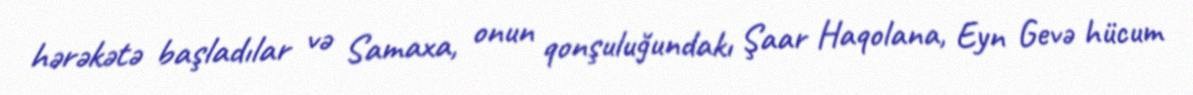
hərəkətə başladılar və Samaxa, onun qonşuluğundakı Şaar Haqolana, Eyn Gevə hücum